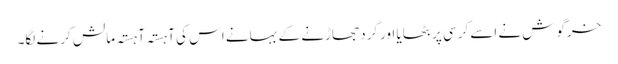
خرگوش نے اسے کرسی پر بٹھایا اور گرد جھاڑنے کے بہانے اس کی آہستہ آہستہ مالش کرنے لگا۔